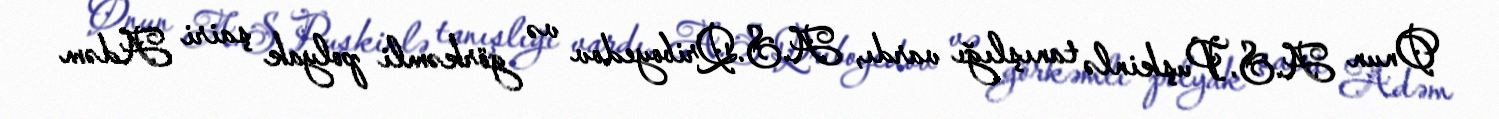
Onun A.S.Puşkinlə tanışlığı vardı, A.S.Qriboyedov və görkəmli polyak şairi Adəm